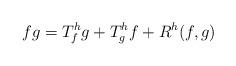
LaTeX: \begin{align*} fg=T^h_fg+T^h_gf+R^h(f,g) \end{align*}